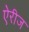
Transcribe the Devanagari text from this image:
ऐरीज